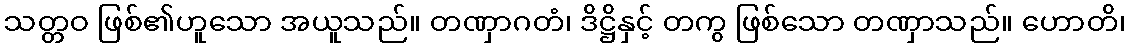
သတ္တဝ ဖြစ်၏ဟူသော အယူသည်။ တဏှာဂတံ၊ ဒိဋ္ဌိနှင့် တကွ ဖြစ်သော တဏှာသည်။ ဟောတိ၊